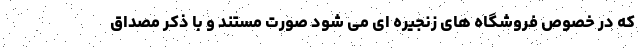
که در خصوص فروشگاه های زنجیره ای می شود صورت مستند و با ذکر مصداق